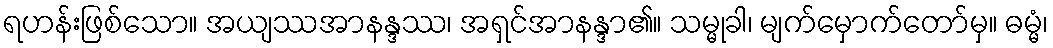
ရဟန်းဖြစ်သော။ အယျဿအာနန္ဒဿ၊ အရှင်အာနန္ဒာ၏။ သမ္မုခါ၊ မျက်မှောက်တော်မှ။ ဓမ္မံ၊